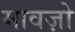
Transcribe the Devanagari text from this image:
मावज़ो